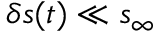
\delta s ( t ) \ll s _ { \infty }